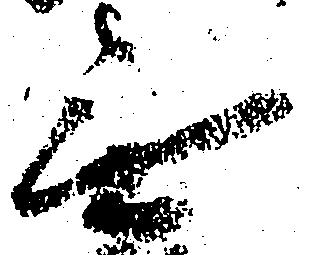
無